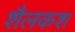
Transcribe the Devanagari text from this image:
शैलकश